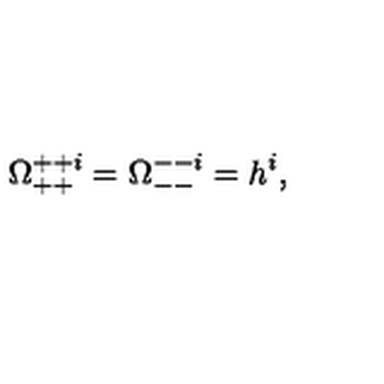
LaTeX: \Omega _ { + + } ^ { + + i } = \Omega _ { -- } ^ { -- i } = h ^ { i } ,